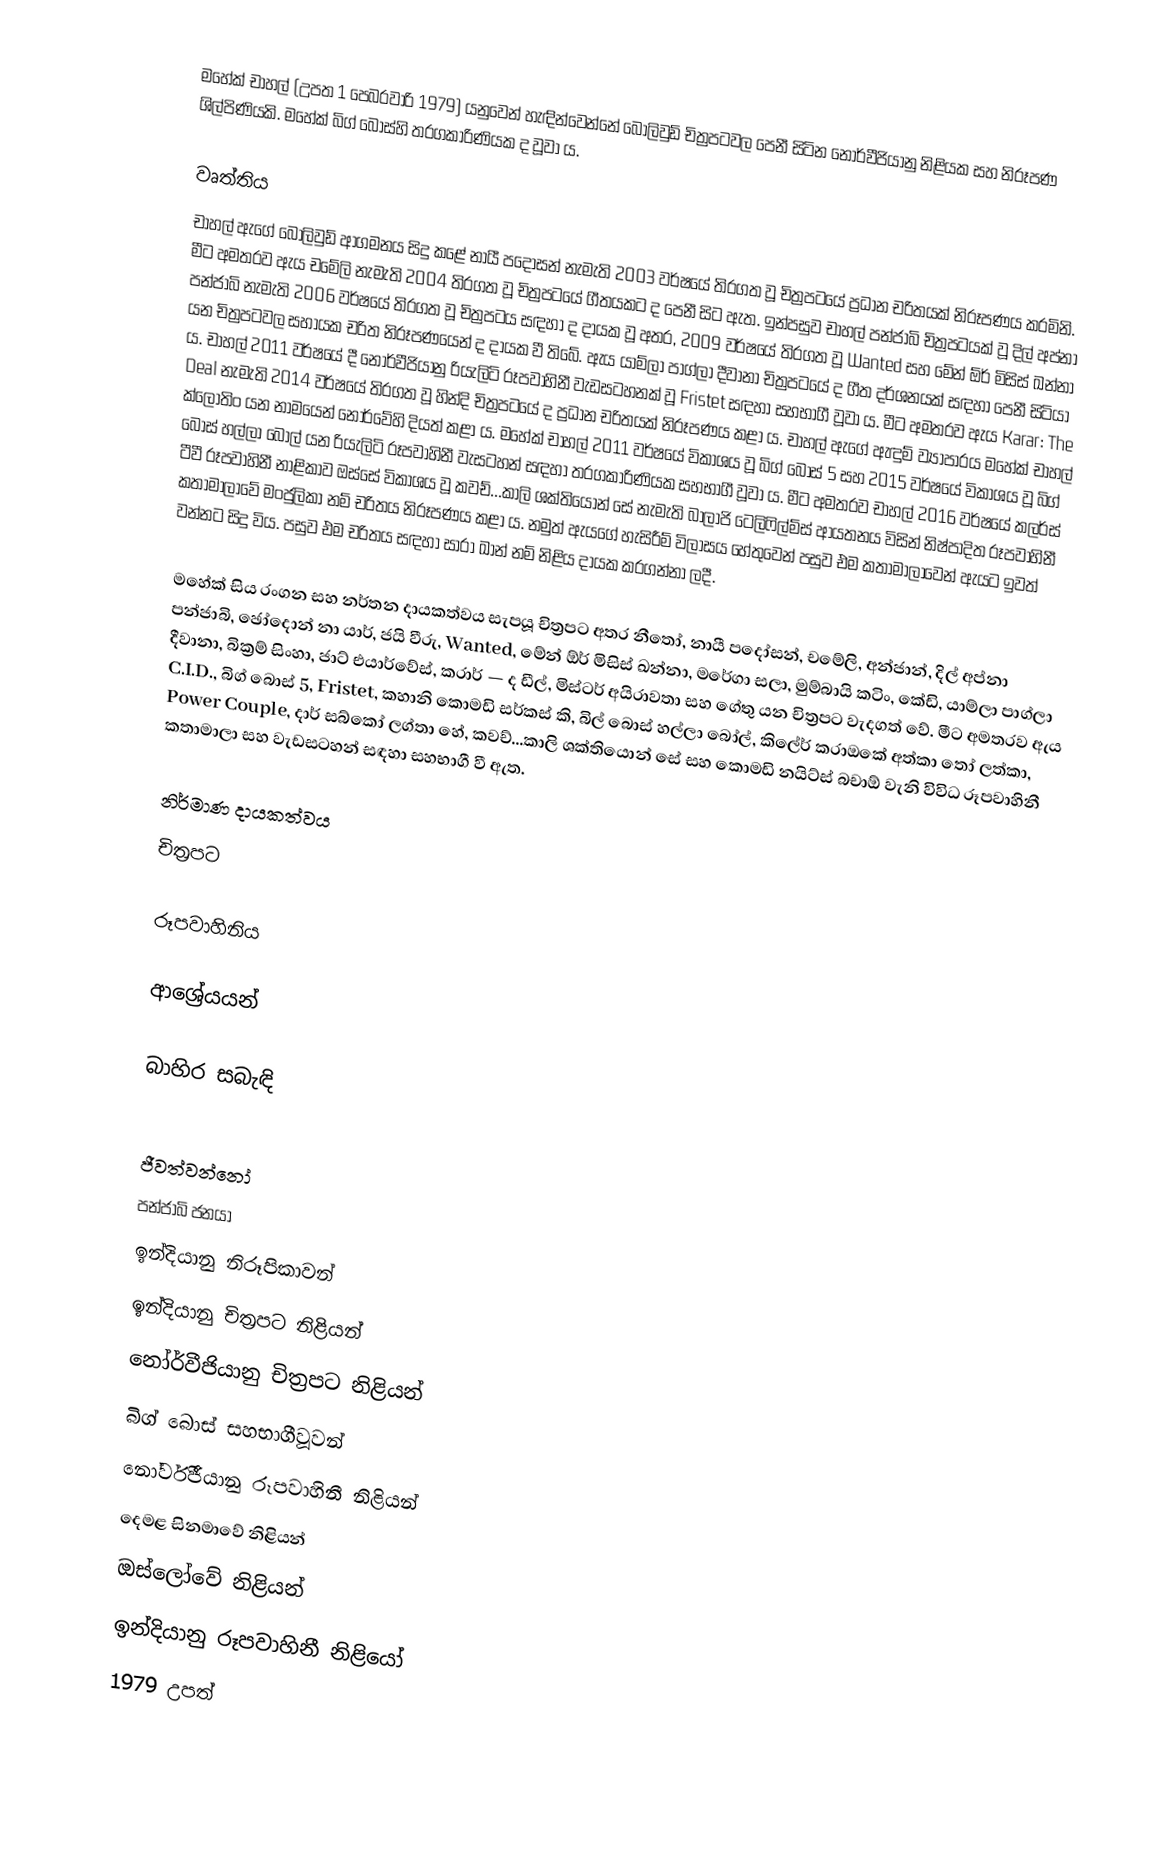
මහේක් චාහල් (උපත 1 පෙබරවාරි 1979) යනුවෙන් හැඳින්වෙන්නේ බොලිවුඩ් චිත්‍රපටවල පෙනී සිටින නෝර්වීජියානු නිළියක සහ නිරූපණ ශිල්පිණියකි‍. මහේක් බිග් බොස්හි තරගකාරිණියක ද වූවා ය.

වෘත්තිය
චාහල් ඇගේ බොලිවුඩ් ආගමනය සිදු කළේ නායී පදෝසන් නැමැති 2003 වර්ෂයේ තිරගත වූ චිත්‍රපටයේ ප්‍රධාන චරිතයක් නිරූපණය කරමිනි. මීට අමතරව ඇය චමේලි නැමැති 2004 තිරගත වූ චිත්‍රපටයේ ගීතයකට ද පෙනී සිට ඇත. ඉන්පසුව චාහල් පන්ජාබි චිත්‍රපටයක් වූ දිල් අප්නා පන්ජාබි නැමැති 2006 වර්ෂයේ තිරගත වූ චිත්‍රපටය සඳහා ද දායක වූ අතර, 2009 වර්ෂයේ තිරගත වූ Wanted සහ මේන් ඕර් මිසිස් ඛන්නා යන චිත්‍රපටවල සහායක චරිත නිරූපණයෙන් ද දායක වී තිබේ. ඇය යාම්ලා පාග්ලා දීවානා චිත්‍රපටයේ ද ගීත දර්ශනයක් සඳහා පෙනී සිටියා ය. චාහල් 2011 වර්ෂයේ දී නෝර්වීජියානු රියැලිටි රූපවාහිනී වැඩසටහනක් වූ Fristet සඳහා සහභාගී වූවා ය. මීට අමතරව ඇය Karar: The Deal නැමැති 2014 වර්ෂයේ තිරගත වූ හින්දි චිත්‍රප‍ටයේ ද ප්‍රධාන චරිතයක් නිරූපණය කළා ය. චාහල් ඇගේ ඇඳුම් ව්‍යාපාරය මහේක් චාහල් ක්ලෝතිං යන නාමයෙන් නෝර්වේහි දියත් කළා ය. මහේක් චාහල් 2011 වර්ෂයේ විකාශය වූ බිග් බොස් 5 සහ 2015 වර්ෂයේ විකාශය වූ බිග් බොස් හල්ලා බෝල් යන රියැලිටි රූපවාහිනී වැසටහන් සඳහා තරගකාරිණියක සහභාගී වූවා ය. මීට අමතරව චාහල් 2016 වර්ෂයේ කලර්ස් ටීවී රූපවාහිනී නාළිකාව ඔස්සේ විකාශය වූ කවච්...කාලි ශක්තියොන් සේ නැමැති බාලාජි ටෙලිෆිල්ම්ස් ආයතනය විසින් නිෂ්පාදිත රූපවාහිනී කතාමාලාවේ මංජුලිකා නම් චරිතය නිරූපණය කළා ය. නමුත් ඇයගේ හැසිරීම් විලාසය හේතුවෙන් පසුව එම කතාමාලාවෙන් ඇයට ඉවත් වන්නට සිදු විය. පසුව එම චරිතය සඳහා සාරා ඛාන් නම් නිළිය දායක කරගන්නා ලදී.

මහේක් සිය රංගන සහ නර්තන දායකත්වය සැපයූ චිත්‍රපට අතර නීතෝ, නායී පදෝසන්, චමේලි, අන්ජාන්, දිල් අප්නා පන්ජාබි, ඡෝදොන් නා යාර්, ජයි වීරු, Wanted, මේන් ඕර් මිසිස් ඛන්නා, මරේගා සලා, මුම්බායි කටිං, කේඩි, යාම්ලා පාග්ලා දීවානා, බික්‍රම් සිංහා, ජාට් එයාර්වේස්, කරාර් — ද ඩීල්, මිස්ටර් අයිරාවතා සහ ගේතු යන චිත්‍රපට වැදගත් වේ. මීට අමතරව ඇය C.I.D., බිග් බොස් 5, Fristet, කහානි කොමඩි සර්කස් කි, බිල් බොස් හල්ලා බෝල්, කිලේර් කරාඔකේ අත්කා තෝ ලත්කා, Power Couple, දාර් සබ්කෝ ලග්තා හේ, කවච්...කාලි ශක්තියොන් සේ සහ කොමඩි නයිට්ස් බචාඕ වැනි විවිධ රූපවාහිනී කතාමාලා සහ වැඩසටහන් සඳහා සහභාගී වී ඇත.

නිර්මාණ දායකත්වය
චිත්‍රපට

 රූපවාහිනිය

ආශ්‍රේයයන්

බාහිර සබැඳි

ජීවත්වන්නෝ
පන්ජාබි ජනයා
ඉන්දියානු නිරූපිකාවන්
ඉන්දියානු චිත්‍රපට නිළියන්
නෝර්වීජියානු චිත්‍රපට නිළියන්
බිග් බොස් සහභාගීවූවන්
නෝර්වීජියානු රූපවාහිනී නිළියන්
දෙමළ සිනමාවේ නිළියන්
ඔස්ලෝවේ නිළියන්
ඉන්දියානු රූපවාහිනී නිළියෝ
1979 උපත්